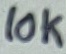
Text: 10K